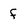
Character: f